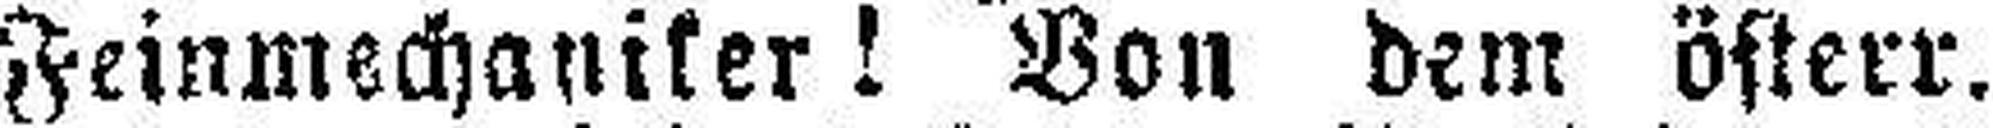
Feinmechaniker! Von dem österr.